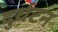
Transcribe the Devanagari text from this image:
दुर्घटन